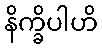
နိက္ခိပါဟိ